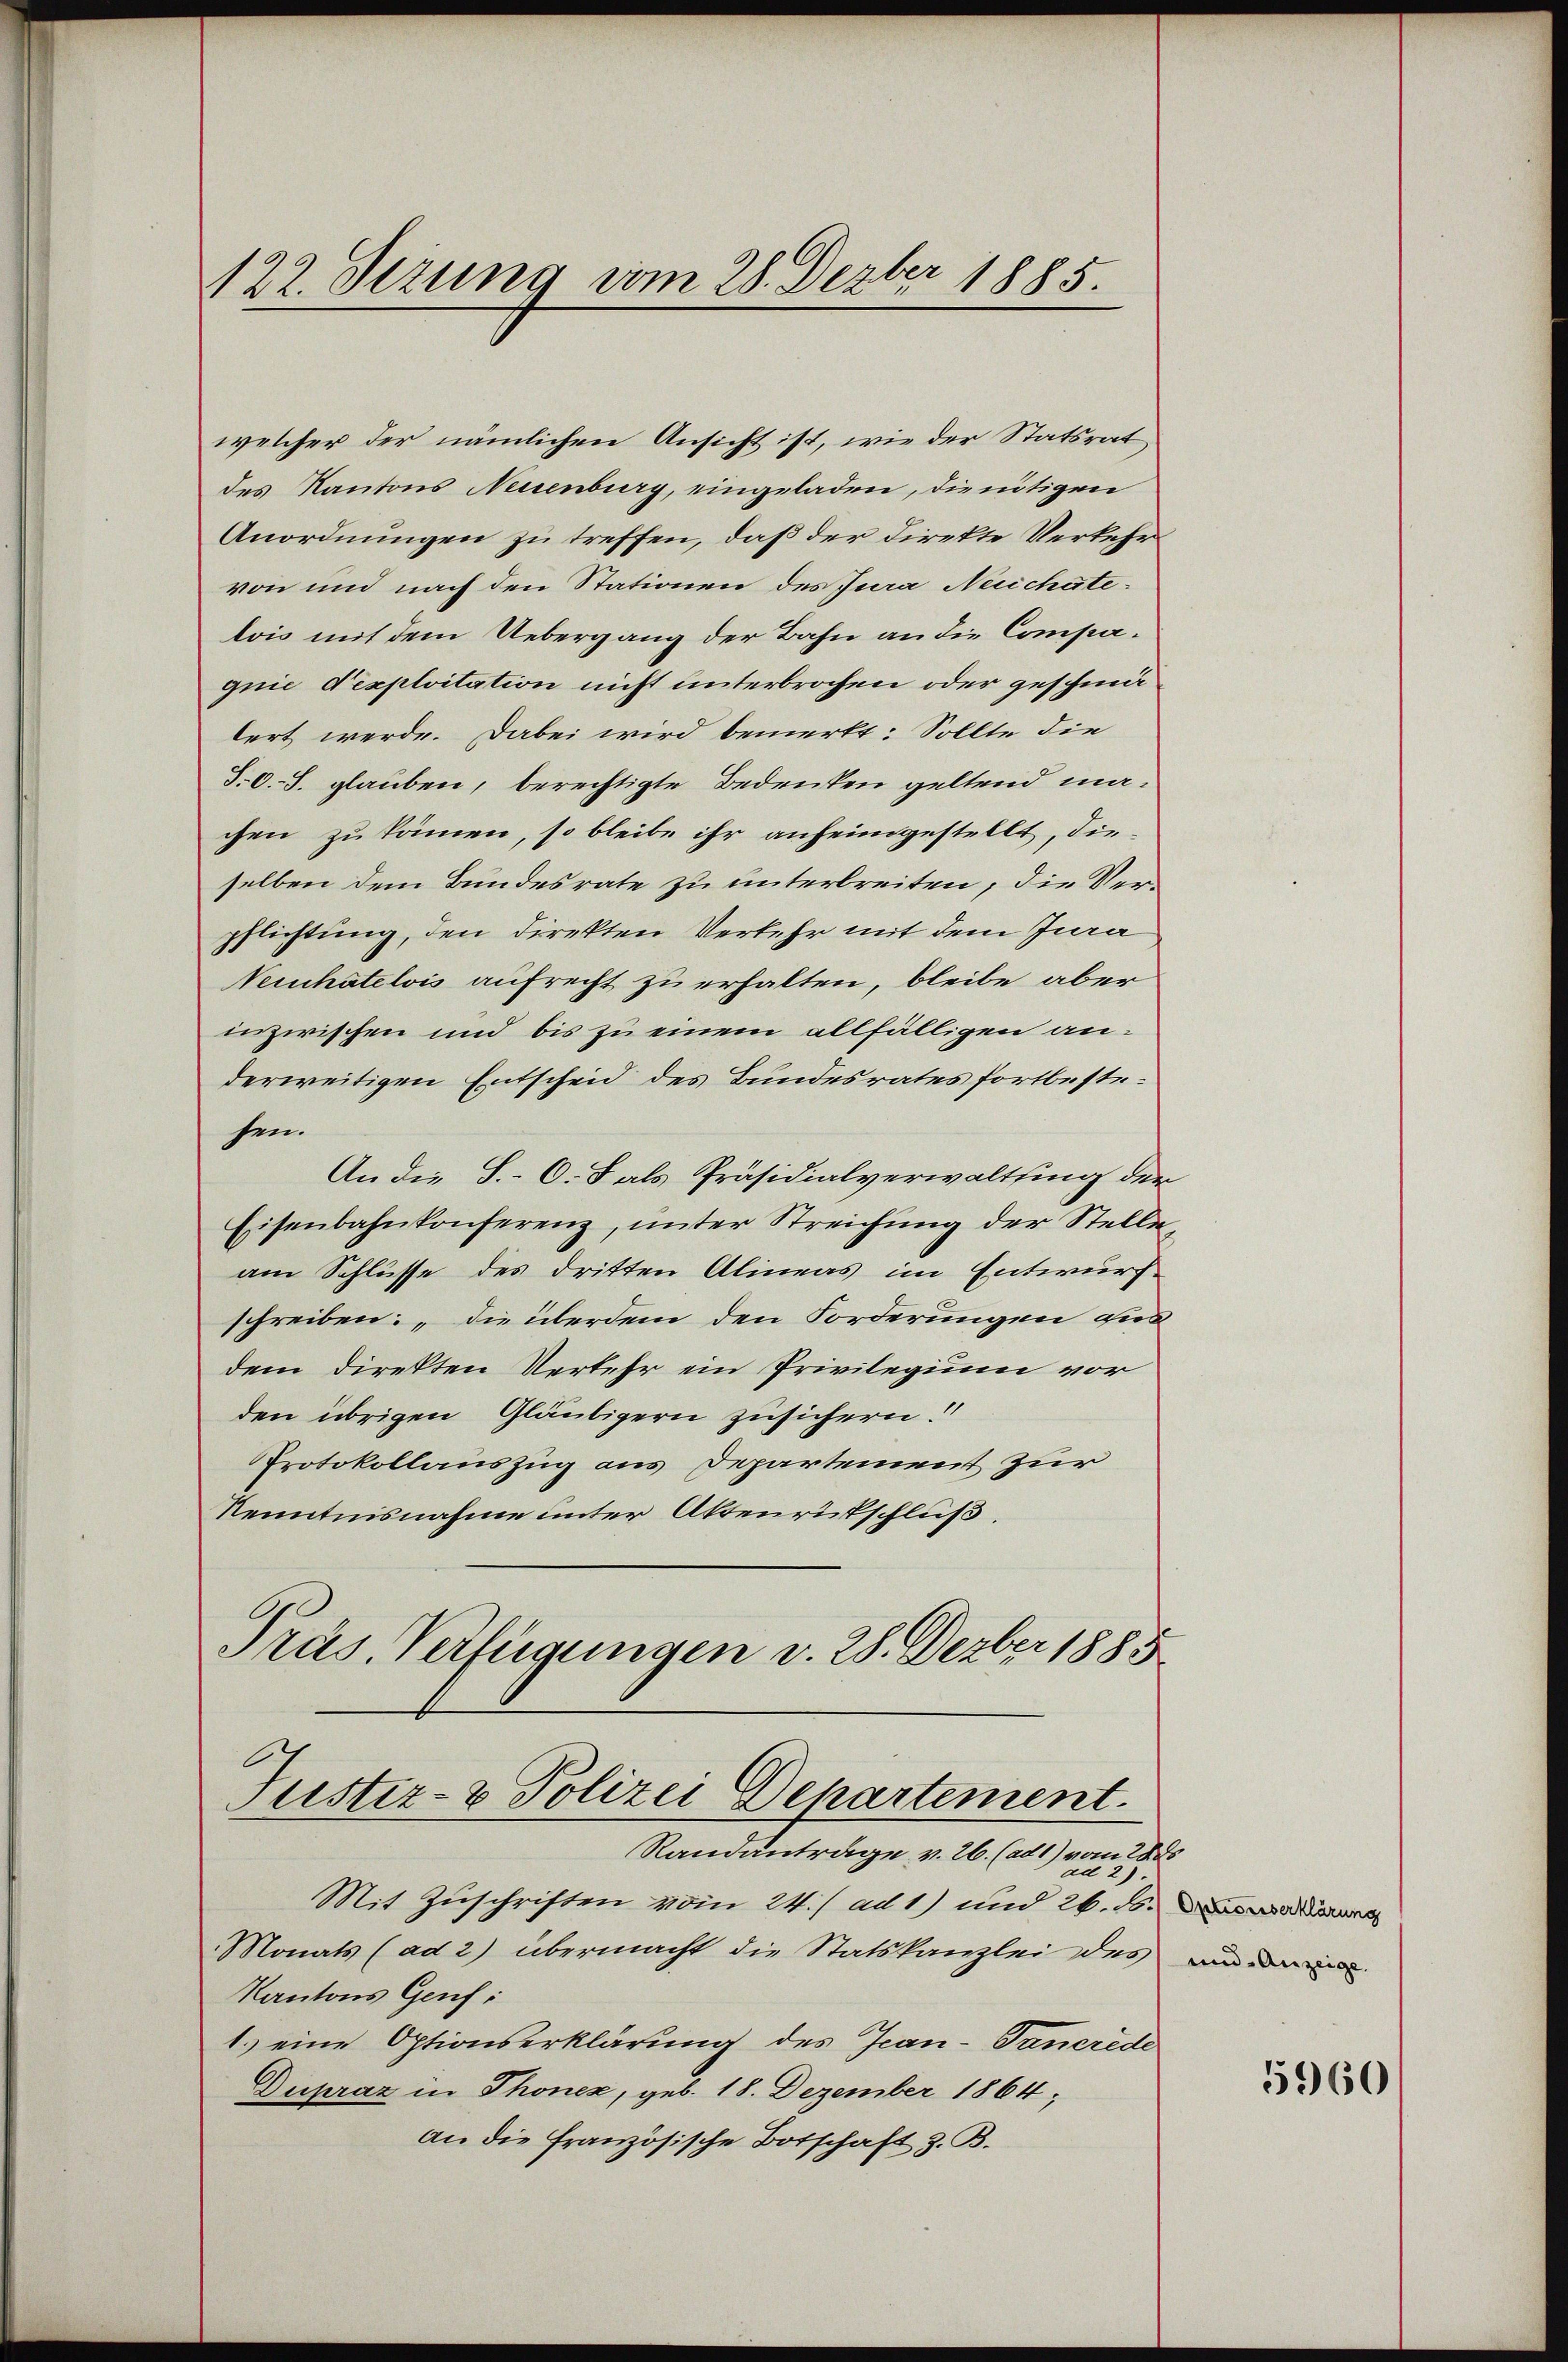
122. Jezung vom 28. Dezbr 1885.

welcher der nämlichen Ansicht ist, wie der Statsrat
des Kantons Neuenburg, eingeladen, die nötigen
Anordnungen zu treffen, daß der Direkte Verkehr
von und nach den Stationen des Jura Necchatelois mit dem Uebergang der Bahn an die Compagnie d’exploitation nicht unterbrochen oder geschmälert werde. Dabei wird bemerkt: Sollte die
S. O. S. glauben, berechtigte Bedenken geltend ma-
chen zu kämen, so bleibe ihr anheimgestellt, die-
selben dem Bundesrate zu unterbreiten, die Verpflichtung, den direkten Verkehr mit dem Jura
Neinhatelvis aufrecht zu erhalten, bleibe aber
inzwischen und bis zu einem allfälligen anderweitigen Entscheid des Bundesrates fortbestesen.
An die S. O. S. als Präsidialverwaltung der
Eisenbahnkonferenz, unter Streichung der Stelle
am Schlüsse des dritten Alineas im Entwurf
schreiben: „die überdem den Forderungen aus
dem direkten Verkehr ein Privilegium vor
den übrigen Gläubigern zusichern.
Protokollauszug aus Departement zur
Kenntnisnahme unter Aktenrückschluß.
Präs. Verfügungen v. 28. Dezbr 1885

Justiz- & Polizei Departement.
Randantrage v. 26. (ad1) vom 28. ds

Mit Zuschriften vom 24. / ad 1) und 26. ds.
Monats (ad 2) übermacht die Statskanzlei des
Kantons Genf:
1.) eine Optionserklärung des Ican-Tanerede
Dupraz in Thonez, geb. 18. Dezember 1864;
an die französische Botschaft z. B.

Optionserklärung
und Anzeige.

5960